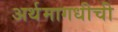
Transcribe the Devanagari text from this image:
अर्थमागधीची